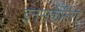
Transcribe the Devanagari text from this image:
इनसर्कलिंग